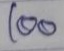
100